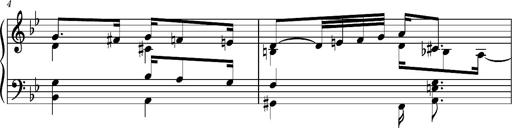
Title: Ungarischer Romanzero
Composer: Franz Liszt